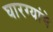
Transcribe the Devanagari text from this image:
घारग्यांचे